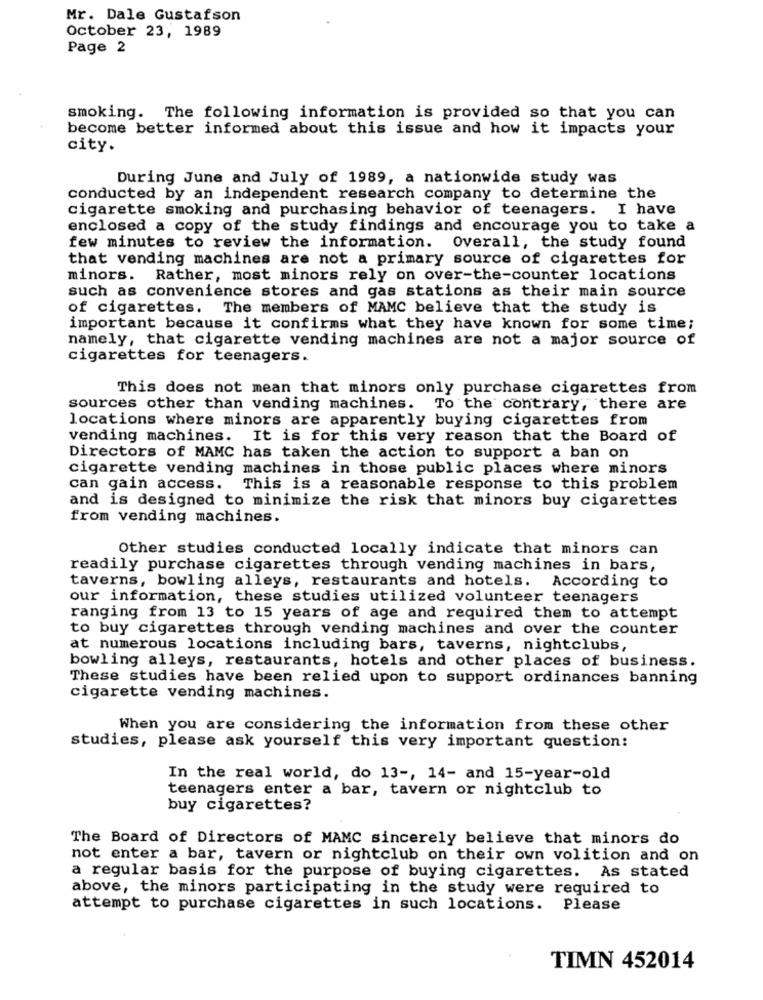
Mr. Dale Gustafson
October 23, 1989
Page 2
smoking. The following information is provided so that you can
become better informed about this issue and how it impacts your
city.
During June and July of 1989, a nationwide study was
conducted by an independent research company to determine the
cigarette smoking and purchasing behavior of teenagers. I have
enclosed a copy of the study findings and encourage you to take a
few minutes to review the information. Overall, the study found
that vending machines are not a primary source of cigarettes for
minors. Rather, most minors rely on over-the-counter locations
such as convenience stores and gas stations as their main source
of cigarettes. The members of MAMC believe that the study is
important because it confirms what they have known for some time;
namely, that cigarette vending machines are not a major source of
cigarettes for teenagers.
This does not mean that minors only purchase cigarettes from
sources other than vending machines. To the contrary, there are
locations where minors are apparently buying cigarettes from
vending machines. It is for this very reason that the Board of
Directors of MAMC has taken the action to support a ban on
cigarette vending machines in those public places where minors
can gain access. This is a reasonable response to this problem
and is designed to minimize the risk that minors buy cigarettes
from vending machines.
Other studies conducted locally indicate that minors can
readily purchase cigarettes through vending machines in bars,
taverns, bowling alleys, restaurants and hotels. According to
our information, these studies utilized volunteer teenagers
ranging from 13 to 15 years of age and required them to attempt
to buy cigarettes through vending machines and over the counter
at numerous locations including bars, taverns, nightclubs,
bowling alleys, restaurants, hotels and other places of business.
These studies have been relied upon to support ordinances banning
cigarette vending machines.
When you are considering the information from these other
studies, please ask yourself this very important question:
In the real world, do 13 -, 14- and 15-year-old
teenagers enter a bar, tavern or nightclub to
buy cigarettes?
The Board of Directors of MAMC sincerely believe that minors do
not enter a bar, tavern or nightclub on their own volition and on
a regular basis for the purpose of buying cigarettes. As stated
above, the minors participating in the study were required to
attempt to purchase cigarettes in such locations. Please
TIMN 452014